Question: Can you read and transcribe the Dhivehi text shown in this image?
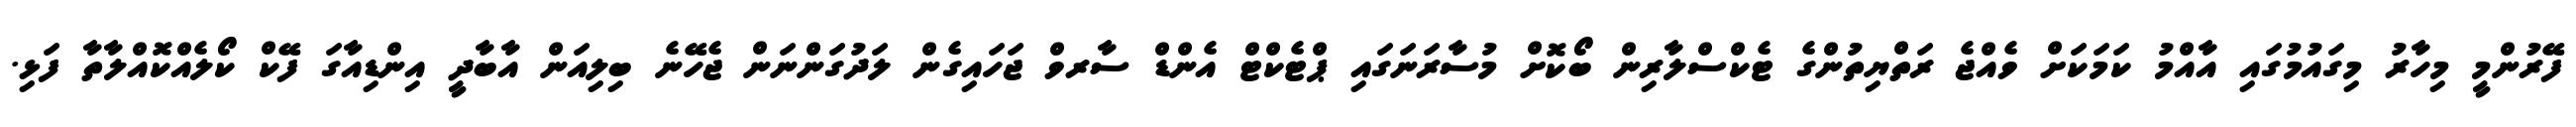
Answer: ފޭރުންމީ މިހާރު މިގައުމުގައި އާއްމު ކަމަކަށް ވެއްޖެ ރަތްޔިތުންގެ ޓެކްސްލާރިން ބޯކޮށް މުސާރަނަގައި ޕްޓެކްޓް އެންޑް ސާރވް ޖަހައިގެން ލަދުގަންނަން ޖެހޭނެ ބިލިއަން އާބާދީ އިންޑިއާގަ ފޭކް ކޯލެއްކޮއްލާތާ ފަޅި.